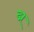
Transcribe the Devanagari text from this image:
द्म